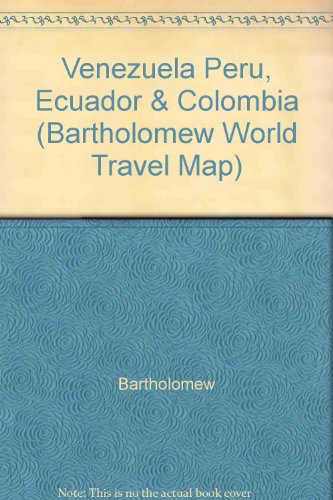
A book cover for Venezuela Peru, Ecuador & Colombia (Bartholomew World Travel Map); Bartholomew; Travel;